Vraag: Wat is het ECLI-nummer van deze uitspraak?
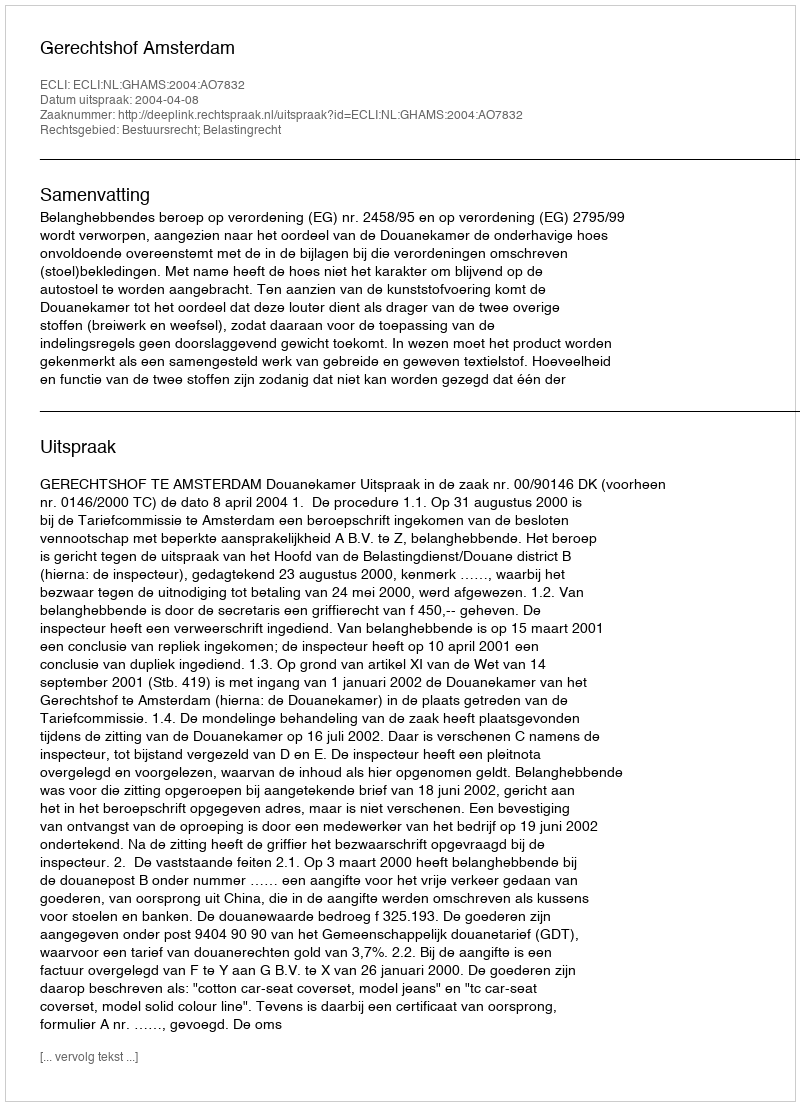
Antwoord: ECLI:NL:GHAMS:2004:AO7832